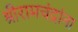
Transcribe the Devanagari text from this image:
श्रीरामचंद्रांना